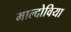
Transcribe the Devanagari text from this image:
माल्दोविया